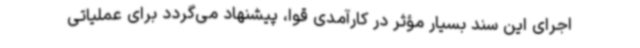
اجرای این سند بسیار مؤثر در کارآمدی قوا، پیشنهاد می‌گردد برای عملیاتی